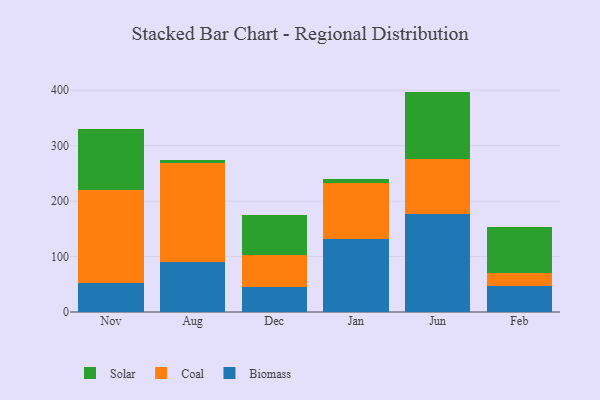
{"axis": {"x": "Month", "y": "Conversion Rate (%)"}, "legend": ["Biomass", "Coal", "Solar"], "data": [{"x": "Nov", "y": 51.8, "type": "Biomass"}, {"x": "Nov", "y": 169.1, "type": "Coal"}, {"x": "Nov", "y": 108.3, "type": "Solar"}, {"x": "Aug", "y": 89.8, "type": "Biomass"}, {"x": "Aug", "y": 179.1, "type": "Coal"}, {"x": "Aug", "y": 5.2, "type": "Solar"}, {"x": "Dec", "y": 45.9, "type": "Biomass"}, {"x": "Dec", "y": 56.9, "type": "Coal"}, {"x": "Dec", "y": 72.0, "type": "Solar"}, {"x": "Jan", "y": 132.4, "type": "Biomass"}, {"x": "Jan", "y": 101.1, "type": "Coal"}, {"x": "Jan", "y": 5.6, "type": "Solar"}, {"x": "Jun", "y": 177.3, "type": "Biomass"}, {"x": "Jun", "y": 97.9, "type": "Coal"}, {"x": "Jun", "y": 122.3, "type": "Solar"}, {"x": "Feb", "y": 47.7, "type": "Biomass"}, {"x": "Feb", "y": 23.2, "type": "Coal"}, {"x": "Feb", "y": 81.6, "type": "Solar"}]}